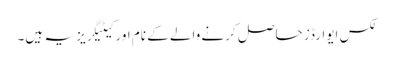
لکس ایوارڈز حاصل کرنے والے کے نام اور کیٹیگریز یہ ہیں۔